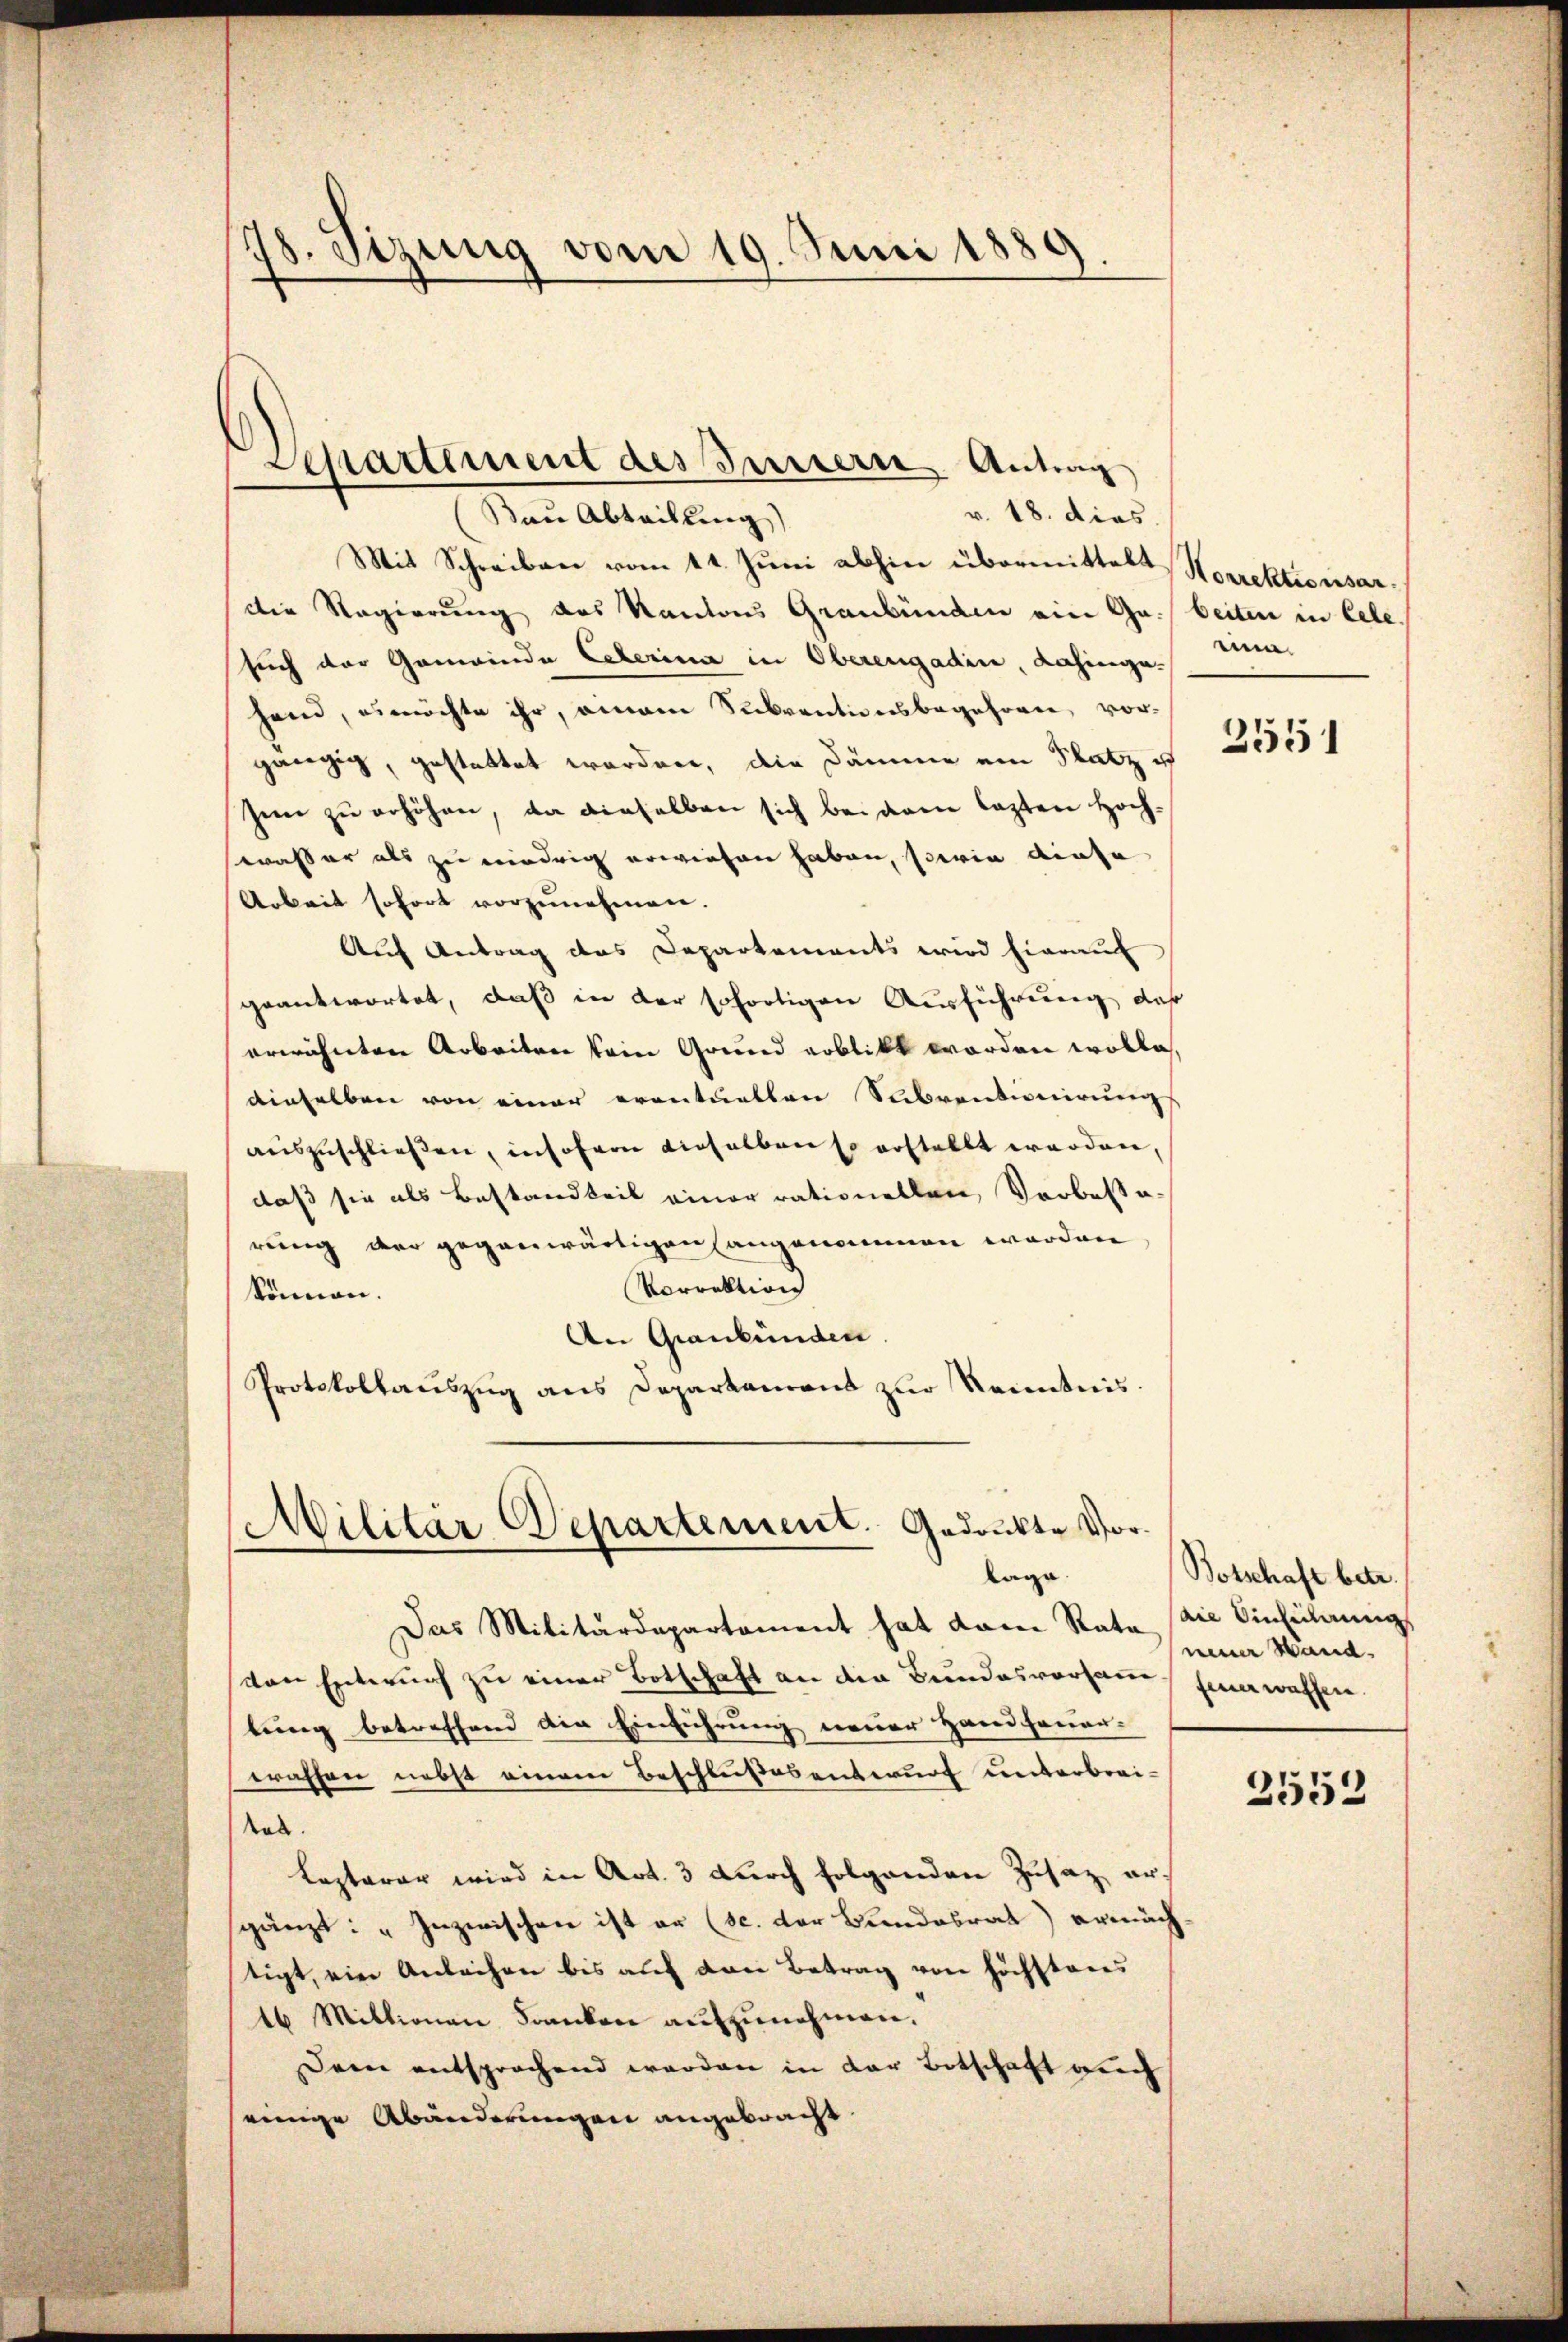
78. Sizung vom 19. Juni 1889

Mit Schreiben vom 11. Juni abhin übermittelt Korrektionsardie Regierung des Kantons Graubünden ein Ga. beiten in Cele
such der Gemeinde Exterina in Oberengadin, dahingehand, es möchte ihr, einem Subventionsbegehören, vorgängig, gestattet worden, die Dämme ein Platz u
sen zu erhöhen, da dieselben sich bei dem lezten Hochwasser als zu niedrig erwiesen haben, sowie diese
Arbeit sofort vorzunehmen.
Auf Antrag des Departements wird hierauf
geantwortet, daß in der sofortigen Ausführung, daß
erwähnten Arbeiten kein Grund erblickt worden wolle,
dieselben von einer eventuellen Subventionirungs
auszuschließen, insofern dieselben so erstellt worden,
daß sie als Bestandteil einer rationellen, Vorbesse-
rung der gegenwärtigen angenommen worden
Vorrektion
können.
An Graubünden.
Protokollauszug aus Deparkament zur Kenntnis.

Separtement des Innern Antrag
v. 18. dies
Baue Abteilung)

Militär Departement. Gedankte Vor-
lage

Das Militärdepartement hat dann Rate (die Einführung
von Entwurf zu einer Botschaft an die Bundesvorsamm einerwassen.
tung betreffend die Einführung neuer Hand feuer-
eraffen nebst einem Beschlußesentwurf unterbreikob.
Lezterer wird in Art. 3 durch folgenden Zusaz ergänzt: „Inzwischen ist er (sc. der Bundesrat) ermächtigt, ein Anleihen bis auf den Betrag von höchsteres
16 Mittionen Franken aŭfzŭnehmen.
Dem entsprochend werden in der Botschaft auch
einige Abänderungen angebracht

men.

3551

Botschaft betr.
neuer Hand.

2552